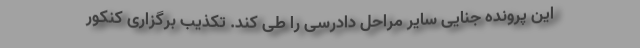
این پرونده جنایی سایر مراحل دادرسی را طی کند. تکذیب برگزاری کنکور